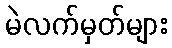
မဲလက်မှတ်များ